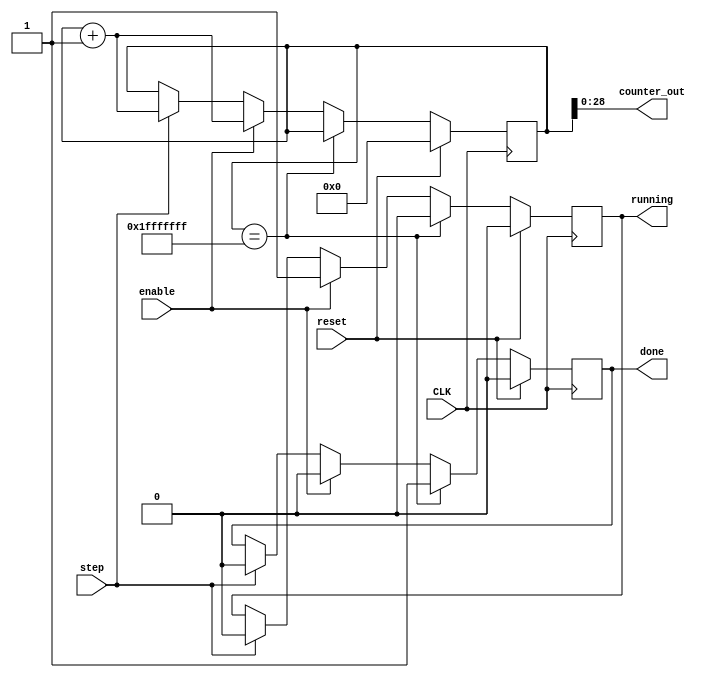
module counter(
   input CLK,
   input reset,
   input enable,
   input step,
   output [28:0] counter_out,
   output reg running,
   output reg done
);

reg [29:0] count;
assign counter_out = count[28:0];
initial count   = 0;
initial running = 0;
initial done    = 0;

always @(posedge CLK) 
begin
  if (reset) 
  begin
    count   <= 0;
    running <= 0;
    done    <= 0;
  end 
  else if (count == 29'h1fffffff)
  begin
    running <= 0;
    done    <= 1;
  end
  else if (enable) 
  begin
    count   <= count + 1;
    running <= 1;
    done    <= 0;
  end
  else if (step) 
  begin
    count   <= count + 1;
    running <= 0;
    done    <= 0;
  end
end
endmodule